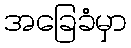
အခြေခံမှာ